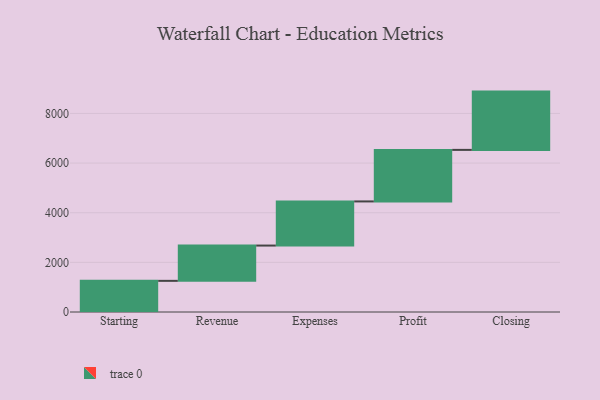
{"axis": {"x": "Step", "y": "Value"}, "legend": [""], "data": [{"x": "Starting", "y": 1255.0, "type": ""}, {"x": "Revenue", "y": 1422.0, "type": ""}, {"x": "Expenses", "y": 1778.0, "type": ""}, {"x": "Profit", "y": 2077.0, "type": ""}, {"x": "Closing", "y": 2348.0, "type": ""}]}